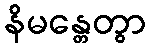
နိမန္တေတွာ